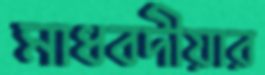
মাধবদীয়ার